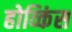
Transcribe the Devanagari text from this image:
होव्किंस